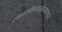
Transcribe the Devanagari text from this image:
लक्ष्मीनारायणाचे